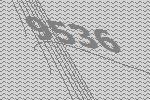
9536